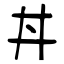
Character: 丼